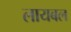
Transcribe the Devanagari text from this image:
लायबल